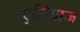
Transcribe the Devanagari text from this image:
एलियाज